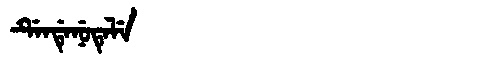
Manchu: ᡩᡝᠨᡩᡝᠨᡠᡨᡝᠯᡝ
Romanization: DENDENUTELE